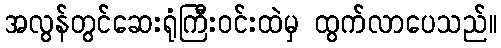
အလွန်တွင်ဆေးရုံကြီးဝင်းထဲမှ ထွက်လာပေသည်။